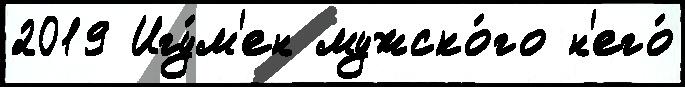
2019 Игу́м'ен мужско́го н'его́